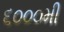
૬૦૦૦મી